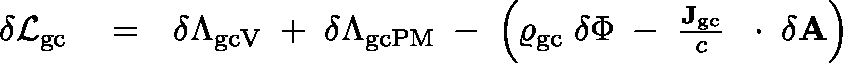
\begin{array} { r l r } { \delta { \cal L } _ { \mathrm { g c } } } & { { } = } & { \delta \Lambda _ { \mathrm { g c V } } \; + \; \delta \Lambda _ { \mathrm { g c P M } } \; - \; \left( \varrho _ { \mathrm { g c } } \; \delta \Phi \; - \; \frac { { \bf J } _ { \mathrm { g c } } } { c } \, \mathrm { ~ \boldmath ~ \cdot ~ } \, \delta { \bf A } \right) } \end{array}